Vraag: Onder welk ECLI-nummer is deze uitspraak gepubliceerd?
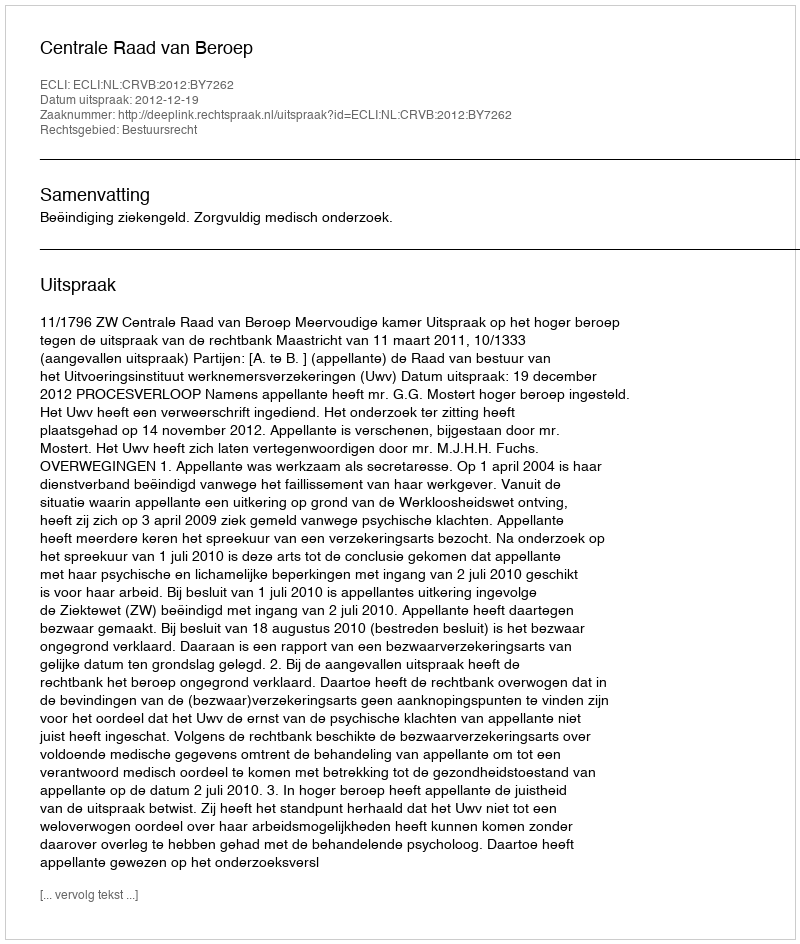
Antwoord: ECLI:NL:CRVB:2012:BY7262